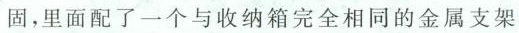
固，里面配了一个与收纳箱完全相同的金属支架(如图)。